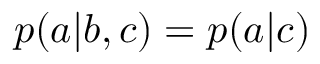
p ( a | b , c ) = p ( a | c )